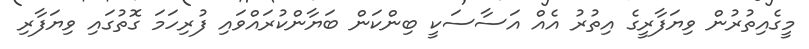
މީގެއިތުރުން ވިޔަފާރީގެ އިތުރު އެއް އަސާސަކީ ބިންކަން ބަޔާންކުރައްވައި ފުރިހަމަ ގޮތުގައި ވިޔަފާރި